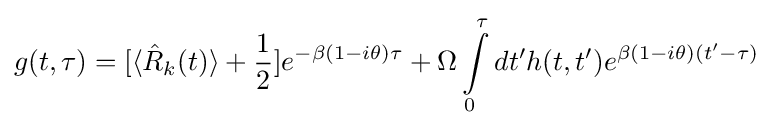
g(t,\tau )=[\langle {\hat {R}}_{k}(t)\rangle +{\frac {1}{2}}]e^{-\beta (1-i\theta )\tau }+\Omega \int \limits _{0}^{\tau }dt'h(t,t')e^{\beta (1-i\theta )(t'-\tau )}